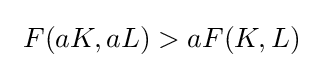
\ F(aK,aL)>aF(K,L)